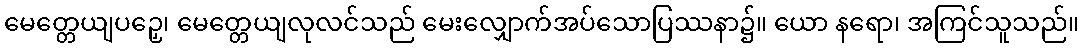
မေတ္တေယျပဉှေ၊ မေတ္တေယျလုလင်သည် မေးလျှောက်အပ်သောပြဿနာ၌။ ယော နရော၊ အကြင်သူသည်။